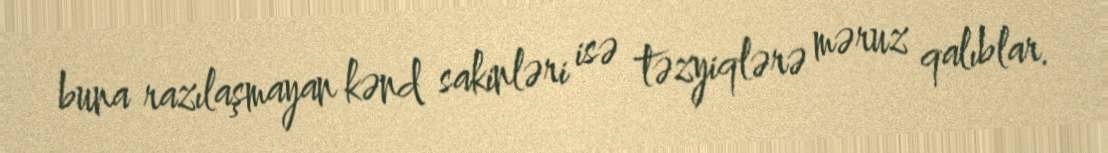
buna razılaşmayan kənd sakinləri isə təzyiqlərə məruz qalıblar.